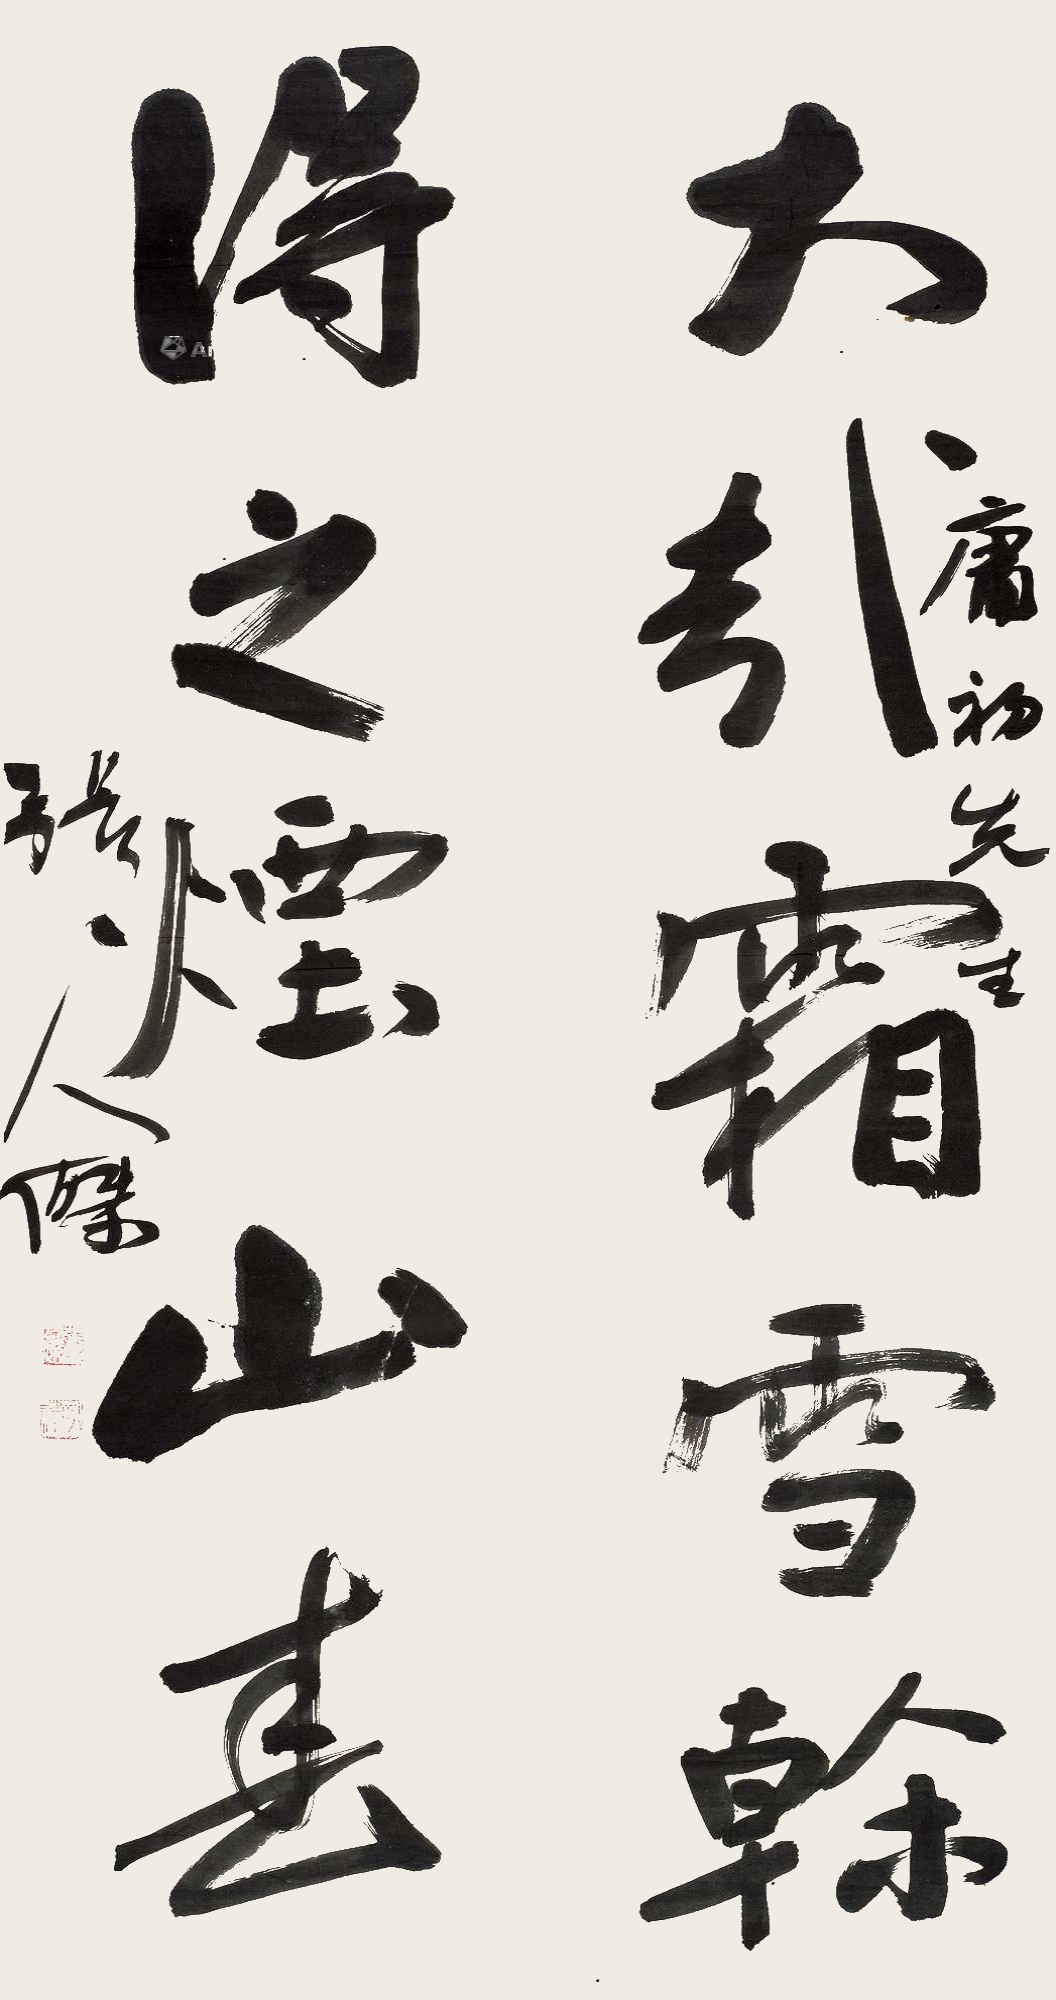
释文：大哉霜雪干，得之烟山春。庸初先生，张人杰。